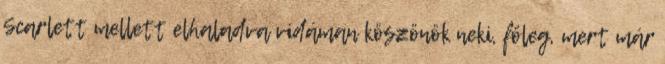
Scarlett mellett elhaladva vidáman köszönök neki, főleg, mert már